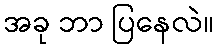
အခု ဘာ ပြနေလဲ။